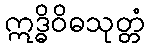
ဣဒ္ဓိဝိဓသုတ္တံ